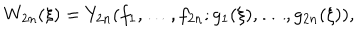
LaTeX: W _ { 2 n } ( \xi ) = Y _ { 2 n } ( f _ { 1 } , \ldots , f _ { 2 n } ; g _ { 1 } ( \xi ) , \ldots , g _ { 2 n } ( \xi ) ) ,